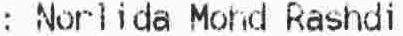
: NORLIDA MOHD RASHDI